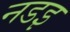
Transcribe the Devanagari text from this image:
नडइ